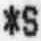
*S